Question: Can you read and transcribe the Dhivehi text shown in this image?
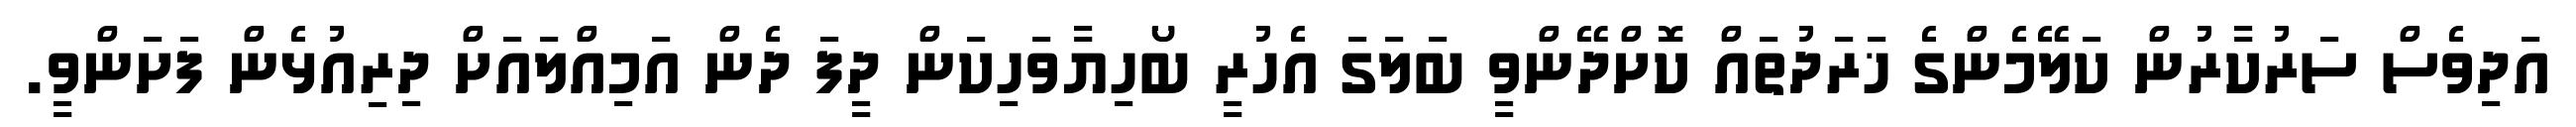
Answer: އަދިވެސް ސަރުކާރުން ކަލޭމެންގެ ޚަރަދުތައް ކޮށްދޭންވީ ބަލަގަ އެހުރީ ބޯހިޔާވަހިކަން ދީފަ ދެން އަމިއްލައަށް ދިރިއުޅެން ފަށަންވީ.